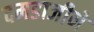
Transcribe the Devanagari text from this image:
दमडाजीने